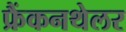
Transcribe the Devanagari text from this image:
फ्रैंकनथेलर